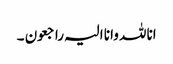
انا للہ وانا الیہ راجعون ۔